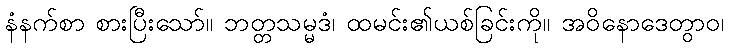
နံနက်စာ စားပြီးသော်။ ဘတ္တသမ္မဒံ၊ ထမင်း၏ယစ်ခြင်းကို။ အဝိနောဒေတွာဝ၊